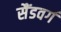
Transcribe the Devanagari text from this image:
सैंडवर्ग